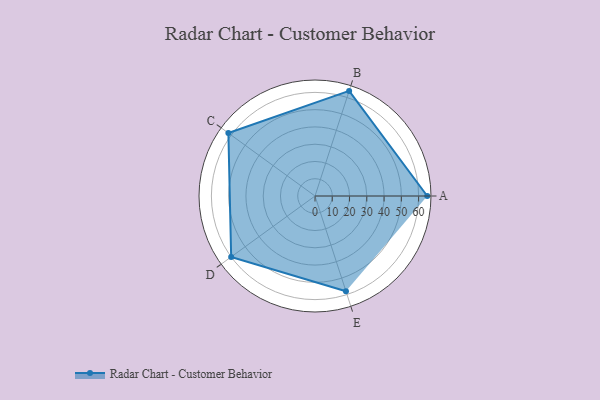
{"axis": {"x": "Skill", "y": "Score"}, "legend": ["Profile"], "data": [{"x": "A", "y": 65.0, "type": "Profile"}, {"x": "B", "y": 64.0, "type": "Profile"}, {"x": "C", "y": 62.0, "type": "Profile"}, {"x": "D", "y": 60.0, "type": "Profile"}, {"x": "E", "y": 58.0, "type": "Profile"}]}